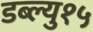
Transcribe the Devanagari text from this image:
डब्ल्यु१५